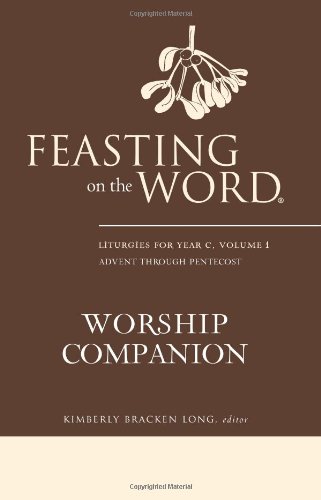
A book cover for Feasting on the Word Worship Companion: Liturgies for Year C, Volume 1, Advent through Pentecost; Christian Books & Bibles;